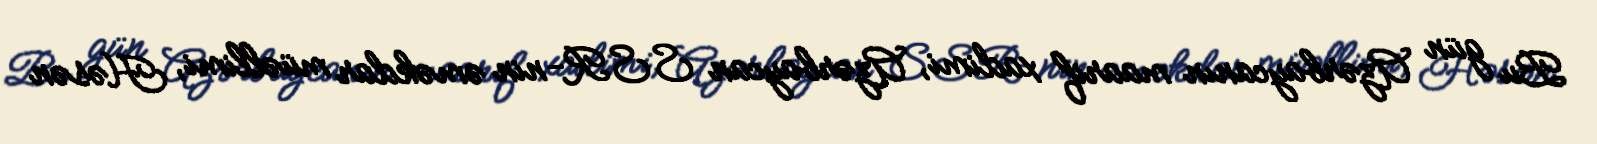
Bu gün Azərbaycanın maarif xadimi, Azərbaycan SSR-nin əməkdar müəllimi, Həsən